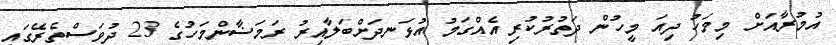
އުމުރާއަށް މިމަހު ދިއަ މީހުން ދަތުރުކުރި އެއްގަމު އުޅަނދަށްބަލާއިރު ރަމަޟާންމަހުގެ 23 ދުވަސްތެރޭގައި